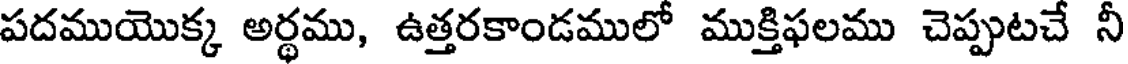
పదముయొక్క అర్థము, ఉత్తరకాండములో ముక్తిఫలము చెప్పుటచే నీ